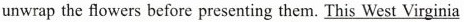
unwrap the flowers before presenting them. \underline{This West Virginia}